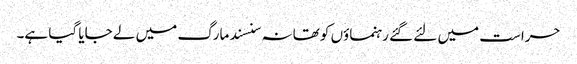
حراست میں لئے گئے رہنماؤں کو تھانہ سنسند مارگ میں لے جایا گیا ہے۔